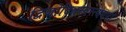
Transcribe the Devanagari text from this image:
द्विजोदितस्वस्त्ययनो